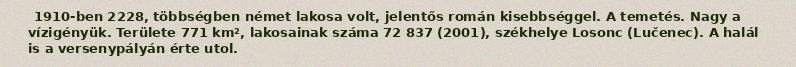
1910-ben 2228, többségben német lakosa volt, jelentős román kisebbséggel. A temetés. Nagy a vízigényük. Területe 771 km², lakosainak száma 72 837 (2001), székhelye Losonc (Lučenec). A halál is a versenypályán érte utol.